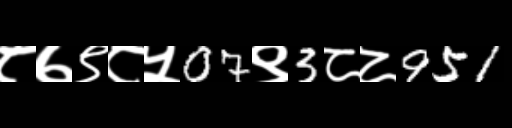
Text: ८७९८५07९3८८951